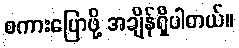
စကားပြောဖို့ အချိန်ရှိပါတယ်။